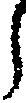
う